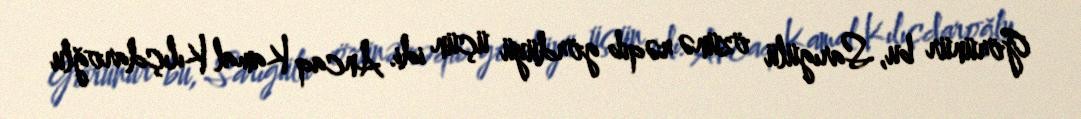
Görünür bu, Sarıgülü özünə rəqib gördüyü üçün idi. Ancaq Kamal Kılıçdaroğlu